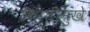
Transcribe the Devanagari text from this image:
किर्तीमुखे